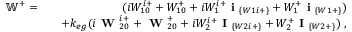
\begin{array} { r l r } { \mathbb { W } ^ { + } = } & { } & { ( i W _ { 1 0 } ^ { i + } + W _ { 1 0 } ^ { + } + i W _ { 1 } ^ { i + } \textbf { i } _ { \{ W 1 i + \} } + W _ { 1 } ^ { + } \textbf { i } _ { \{ W 1 + \} } ) } \\ & { } & { + k _ { e g } ( i \textbf { W } _ { 2 0 } ^ { i + } + \textbf { W } _ { 2 0 } ^ { + } + i W _ { 2 } ^ { i + } \textbf { I } _ { \{ W 2 i + \} } + W _ { 2 } ^ { + } \textbf { I } _ { \{ W 2 + \} } ) ~ , } \end{array}